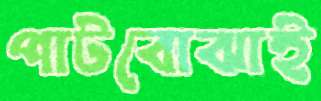
পাটবোঝাই